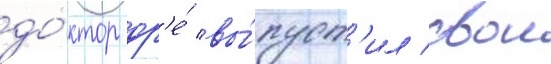
до́ктор др'е́ вы́пуст'ил свои